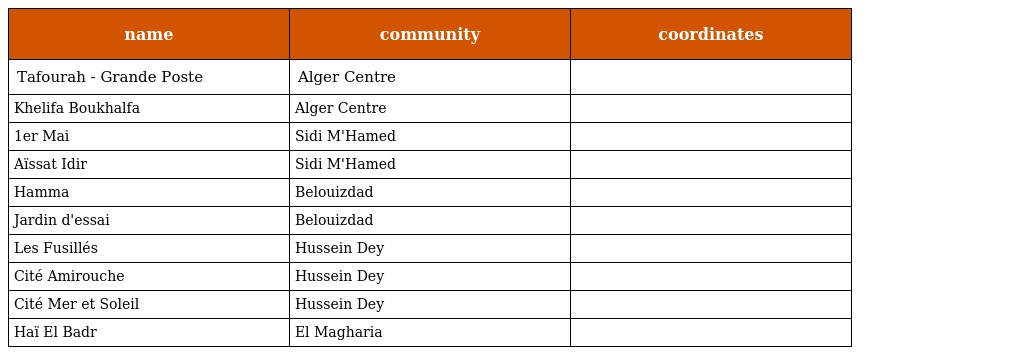
| name | community | coordinates |
 | --- | --- | --- |
 | Tafourah - Grande Poste | Alger Centre |  |
 | Khelifa Boukhalfa | Alger Centre |  |
 | 1er Mai | Sidi M'Hamed |  |
 | Aïssat Idir | Sidi M'Hamed |  |
 | Hamma | Belouizdad |  |
 | Jardin d'essai | Belouizdad |  |
 | Les Fusillés | Hussein Dey |  |
 | Cité Amirouche | Hussein Dey |  |
 | Cité Mer et Soleil | Hussein Dey |  |
 | Haï El Badr | El Magharia |  |